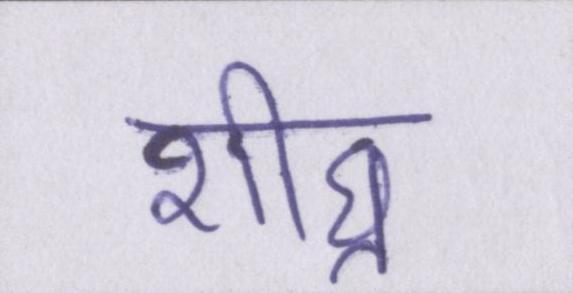
शीघ्र